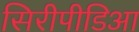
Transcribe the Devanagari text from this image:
सिरीपीडिआ